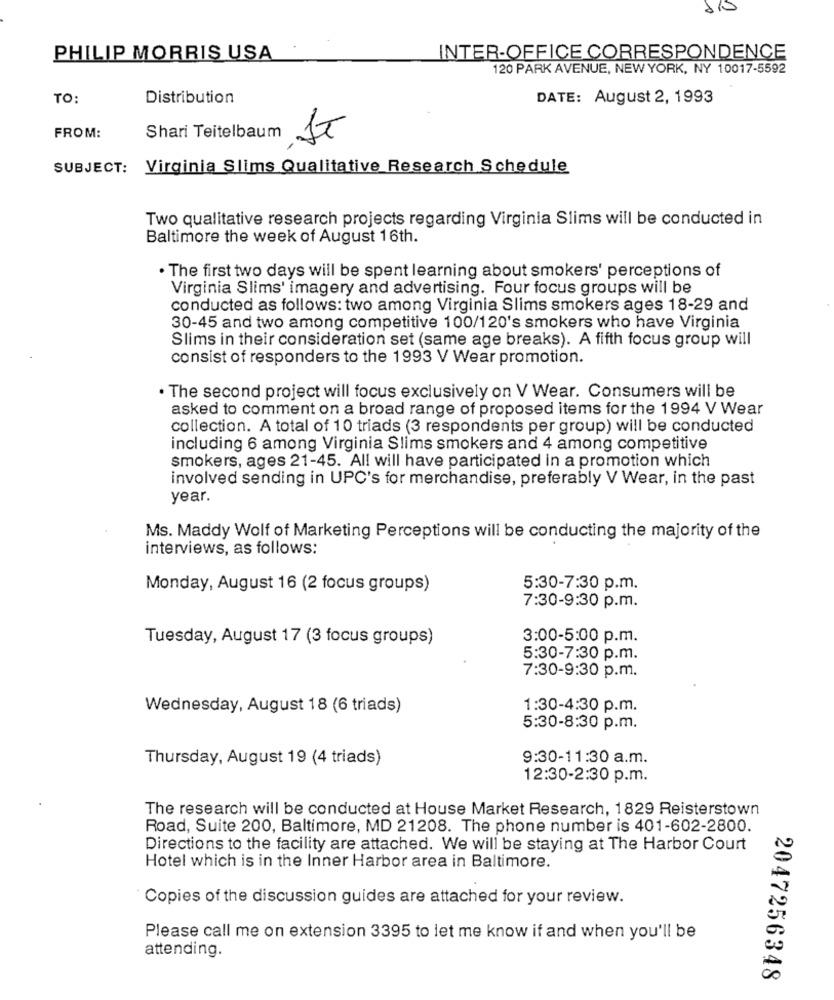
110
PHILIP MORRIS USA
INTER-OFFICE CORRESPONDENCE
120 PARK AVENUE, NEW YORK, NY 10017-5592
TO:
Distribution
DATE: August 2, 1993
FROM:
Shari Teitelbaum
IT
SUBJECT: Virginia Slims Qualitative Research Schedule
Two qualitative research projects regarding Virginia Slims will be conducted in
Baltimore the week of August 16th.
· The first two days will be spent learning about smokers' perceptions of
Virginia Slims' imagery and advertising. Four focus groups will be
conducted as follows: two among Virginia Slims smokers ages 18-29 and
30-45 and two among competitive 100/120's smokers who have Virginia
Slims in their consideration set (same age breaks). A fifth focus group will
consist of responders to the 1993 V Wear promotion.
. The second project will focus exclusively on V Wear. Consumers will be
asked to comment on a broad range of proposed items for the 1994 V Wear
collection. A total of 10 triads (3 respondents per group) will be conducted
including 6 among Virginia Slims smokers and 4 among competitive
smokers, ages 21-45. All will have participated in a promotion which
involved sending in UPC's for merchandise, preferably V Wear, in the past
year.
Ms. Maddy Wolf of Marketing Perceptions will be conducting the majority of the
interviews, as follows:
Monday, August 16 (2 focus groups)
5:30-7:30 p.m.
7:30-9:30 p.m.
Tuesday, August 17 (3 focus groups)
3:00-5:00 p.m.
5:30-7:30 p.m.
7:30-9:30 p.m.
Wednesday, August 18 (6 triads)
1:30-4:30 p.m.
5:30-8:30 p.m.
Thursday, August 19 (4 triads)
9:30-11:30 a.m.
12:30-2:30 p.m.
The research will be conducted at House Market Research, 1829 Reisterstown
Road, Suite 200, Baltimore, MD 21208. The phone number is 401-602-2800.
Directions to the facility are attached. We will be staying at The Harbor Court
Hotel which is in the Inner Harbor area in Baltimore.
Copies of the discussion guides are attached for your review.
Please call me on extension 3395 to let me know if and when you'll be
attending.
2047256348